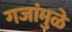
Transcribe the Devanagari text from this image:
गजांमुळे